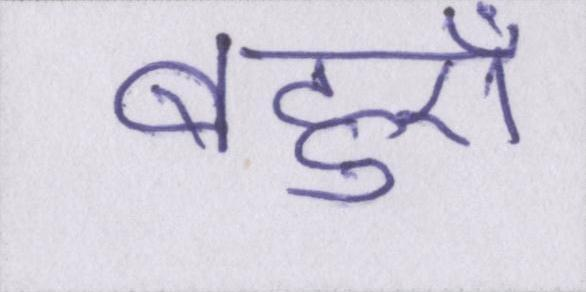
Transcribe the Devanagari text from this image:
बहुएँ